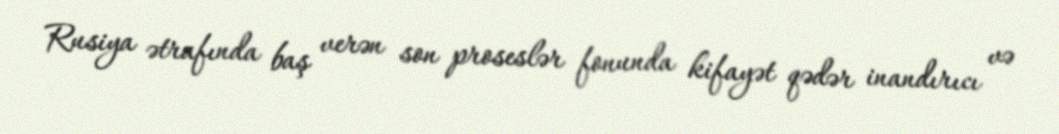
Rusiya ətrafında baş verən son proseslər fonunda kifayət qədər inandırıcı və